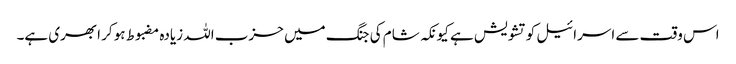
اس وقت سے اسرائیل کو تشویش ہے کیونکہ شام کی جنگ میں حزب اللہ زیادہ مضبوط ہو کر ابھری ہے۔